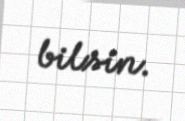
bilsin.